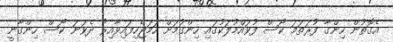
އެގޮތުން ހިންގާ ފުރަތަމަ ކޯސް ފުވައްމުލަކުގައި ހިންގުމަށް ހަމަޖެހިފައިވާއިރު ދެވަނަ ކޯސް ހިންގާނީ